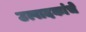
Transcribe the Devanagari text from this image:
उत्पादकांचे